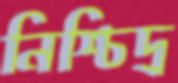
নিশ্চিদ্র